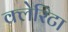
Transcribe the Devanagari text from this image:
क्लेरिटा